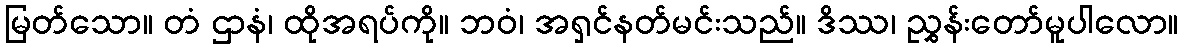
မြတ်သော။ တံ ဌာနံ၊ ထိုအရပ်ကို။ ဘဝံ၊ အရှင်နတ်မင်းသည်။ ဒိဿ၊ ညွှန်းတော်မူပါလော။